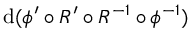
\mathrm { d } ( \phi ^ { \prime } \circ R ^ { \prime } \circ R ^ { - 1 } \circ \phi ^ { - 1 } )